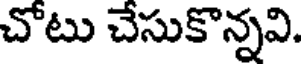
చోటు చేసుకొన్నవి.